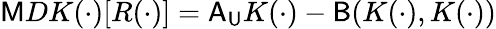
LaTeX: \mathsf{M}DK(\cdot)[R(\cdot)]=\mathsf{A}_{\mathsf{U}}K(\cdot)-\mathsf{B}(K(\cdot),K(\cdot))